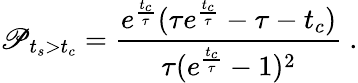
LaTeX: \mathscr{P}_{t_{s}>t_{c}}=\frac{e^{\frac{t_{c}}{\tau}}(\tau e^{\frac{t_{c}}{\tau}}-\tau-t_{c})}{\tau(e^{\frac{t_{c}}{\tau}}-1)^{2}}~.